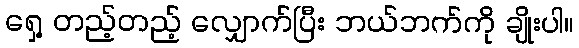
ရှေ့ တည့်တည့် လျှောက်ပြီး ဘယ်ဘက်ကို ချိုးပါ။